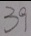
3 9